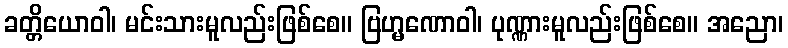
ခတ္တိယောဝါ၊ မင်းသားမူလည်းဖြစ်စေ။ ဗြဟ္မဏောဝါ၊ ပုဏ္ဏားမူလည်းဖြစ်စေ။ အညော၊